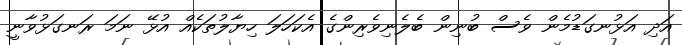
އަދި އަޅުނގަޑުމެން ވެސް ބުނިން ބެލެނިވެރިންގެ އެކަހަލަ ހިޔާލުތަކެއް އުޅޭ ނަމަ ރަނގަޅުވާނީ